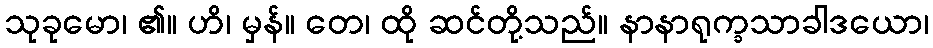
သုခုမော၊ ၏။ ဟိ၊ မှန်။ တေ၊ ထို ဆင်တို့သည်။ နာနာရုက္ခသာခါဒယော၊